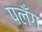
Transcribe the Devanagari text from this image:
पलँग